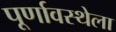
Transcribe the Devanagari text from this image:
पूर्णावस्थेला